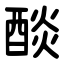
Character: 醈